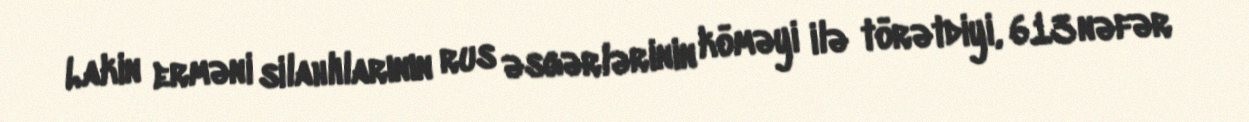
Lakin erməni silahlılarının rus əsgərlərinin köməyi ilə törətdiyi, 613 nəfər